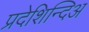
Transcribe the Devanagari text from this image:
प्रदेशिन्दिअ